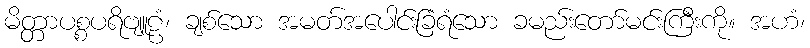
မိတ္တာပစ္စပရိဗျူဠံ၊ ချစ်သော အမတ်အပေါင်းခြံရံသော ခမည်းတော်မင်းကြီးကို။ အဟံ၊